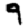
Digit: 9